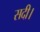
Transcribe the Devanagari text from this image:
सदी।